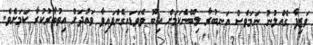
ވަޒިފާ ގެއްލުނު ނަމަވެސް އަނބުރާ ލިބޭނެކަމަށް އިބޫ ވެވަޑައިގެންފައިވާ ވައުދަށް އިތުބާރުކުރާ ކަމަށެވެ.